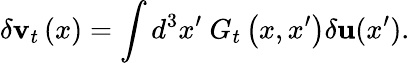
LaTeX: \delta\textbf{v}_{t}\left(x\right)=\int d^{3}x^{\prime}\ G_{t}\left(x,x^{\prime}\right)\delta\textbf{u}(x^{\prime}).